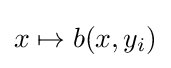
x\mapsto b(x,y_{i})